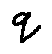
q